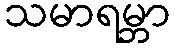
သမာရမ္ဘာ